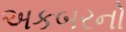
અકબરનો